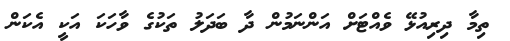
ތިމާ ދިރިއުޅޭ ވެއްޓަށް އަންނަމުން ދާ ބަދަލު ތަކުގެ ވާހަކަ އަކީ އެކަން